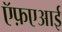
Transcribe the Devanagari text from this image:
ऍफ़एआई